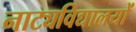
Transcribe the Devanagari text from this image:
नाट्यविद्यालयों